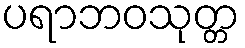
ပရာဘဝသုတ္တ